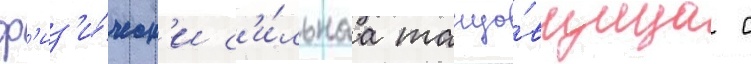
ф'из'и́ческ'и с'и́льнаа танцо́вщица с